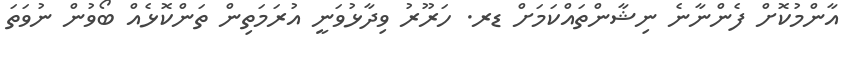
އާންމުކޮށް ފެންނާނެ ނިޝާންތައްކަމަށް ޑރ. ހަރޫރު ވިދާޅުވަނީ އުރަމަތިން ތަންކޮޅެއް ބޯވުން ނުވަތަ